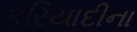
ફરિયાદીના